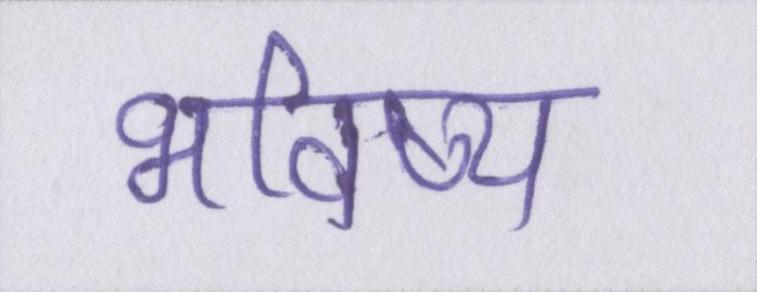
भविष्य